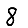
Digit: 8